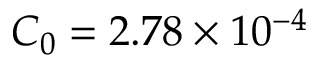
C _ { 0 } = 2 . 7 8 \times 1 0 ^ { - 4 }